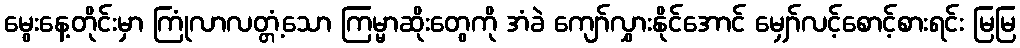
မွေးနေ့တိုင်းမှာ ကြုံလာလတ္တံ့သော ကြမ္မာဆိုးတွေကို အံခဲ ကျော်လွှားနိုင်အောင် မျှော်လင့်စောင့်စားရင်း မြမြ